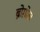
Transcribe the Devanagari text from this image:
ब्रोग़ोल